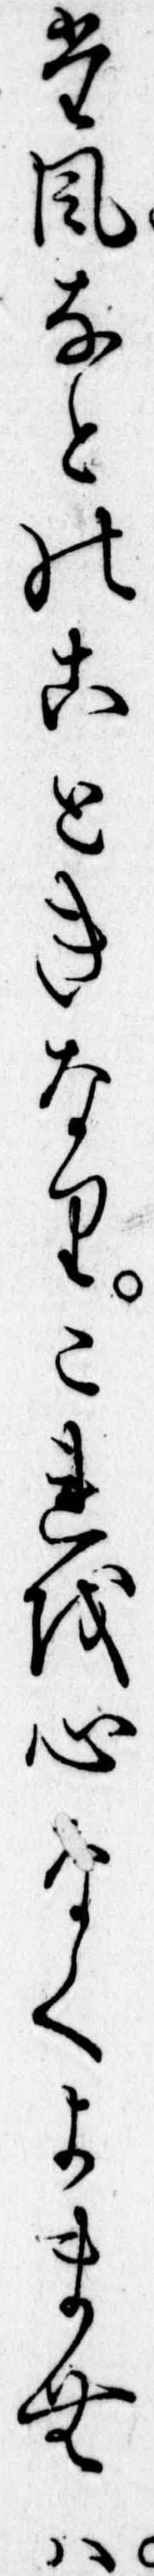
た風なとのこときなりこれを心よくよまむは